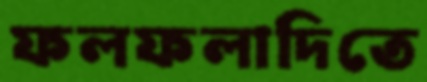
ফলফলাদিতে